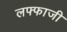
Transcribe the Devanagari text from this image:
लफ्फाजी